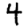
Digit: 4